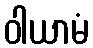
ဝါယာမံ